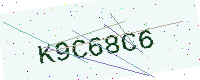
Text: K9C68C6